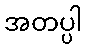
အတပ္ပါ